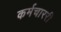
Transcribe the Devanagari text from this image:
कर्मचाररी